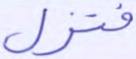
فتزل